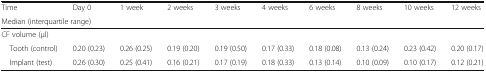
<table><thead><tr><td><b>Time</b></td><td><b>Day 0</b></td><td><b>1 week</b></td><td><b>2 weeks</b></td><td><b>3 weeks</b></td><td><b>4 weeks</b></td><td><b>6 weeks</b></td><td><b>8 weeks</b></td><td><b>10 weeks</b></td><td><b>12 weeks</b></td></tr><tr><td colspan="10"><b>Median (interquartile range)</b></td></tr></thead><tbody><tr><td colspan="10">CF volume (μl)</td></tr><tr><td> Tooth (control)</td><td>0.20 (0.23)</td><td>0.26 (0.25)</td><td>0.19 (0.20)</td><td>0.19 (0.50)</td><td>0.17 (0.33)</td><td>0.18 (0.08)</td><td>0.13 (0.24)</td><td>0.23 (0.42)</td><td>0.20 (0.17)</td></tr><tr><td> Implant (test)</td><td>0.26 (0.30)</td><td>0.25 (0.41)</td><td>0.16 (0.21)</td><td>0.17 (0.19)</td><td>0.18 (0.33)</td><td>0.13 (0.14)</td><td>0.10 (0.09)</td><td>0.10 (0.17)</td><td>0.12 (0.21)</td></tr></tbody></table>